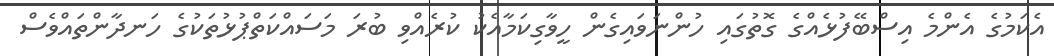
އެކަމުގެ އެންމެ އިސްބޭފުޅެއްގެ ގޮތުގައި ހުންނަވައިގެން ހީވާގިކަމާއެކު ކުރެއްވި ބުރަ މަސައްކަތްޕުޅުތަކުގެ ހަނދާންތައްވެސް